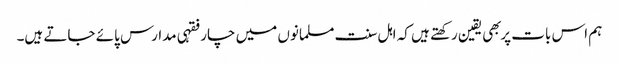
ہم اس بات پر بهی یقین رکهتے ہیں کہ اہل سنت مسلمانوں میں چار فقہی مدارس پائے جاتے ہیں۔